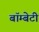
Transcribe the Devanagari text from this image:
बॉम्बेटी